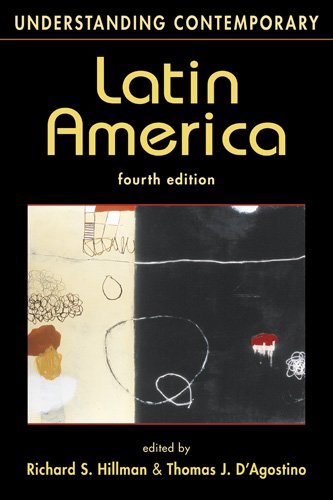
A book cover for Understanding Contemporary Latin America (Understanding: Introductions to the States and Regions of the Contemporary World); History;